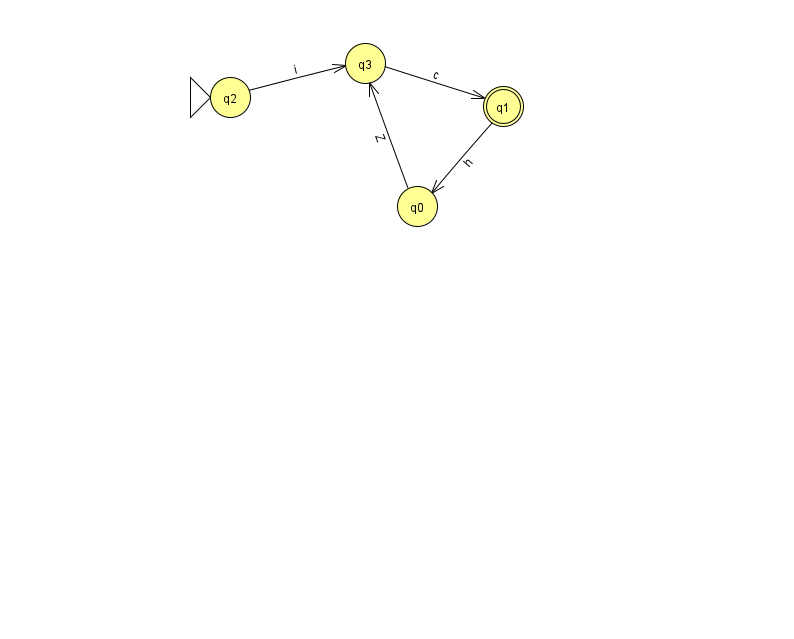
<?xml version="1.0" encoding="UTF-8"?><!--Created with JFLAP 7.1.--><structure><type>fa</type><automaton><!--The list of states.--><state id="0" name="q0"><x>417.0</x><y>193.0</y></state><state id="1" name="q1"><x>503.0</x><y>93.0</y><final/></state><state id="2" name="q2"><x>230.0</x><y>84.0</y><initial/></state><state id="3" name="q3"><x>365.0</x><y>50.0</y></state><!--The list of transitions.--><transition><from>2</from><to>3</to><read>i</read></transition><transition><from>0</from><to>3</to><read>Z</read></transition><transition><from>3</from><to>1</to><read>c</read></transition><transition><from>1</from><to>0</to><read>h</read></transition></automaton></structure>